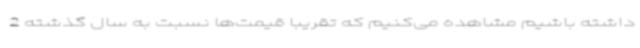
داشته باشیم مشاهده می‌کنیم که تقریباً قیمت‌ها نسبت به سال گذشته 2